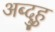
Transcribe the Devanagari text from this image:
अब्दुहु